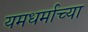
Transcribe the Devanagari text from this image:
यमधर्माच्या